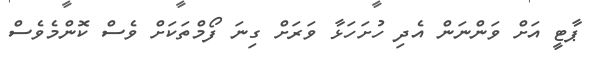
ޕާޓީ އަށް ވަންނަން އެދި ހުށަހަޅާ ވަރަށް ގިނަ ފޯމްތަކަށް ވެސް ކޮންމެވެސް